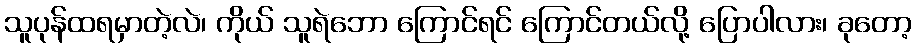
သူပုန်ထရမှာတဲ့လဲ၊ ကိုယ် သူရဲဘော ကြောင်ရင် ကြောင်တယ်လို့ ပြောပါလား၊ ခုတော့